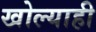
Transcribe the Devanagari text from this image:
खोल्याही